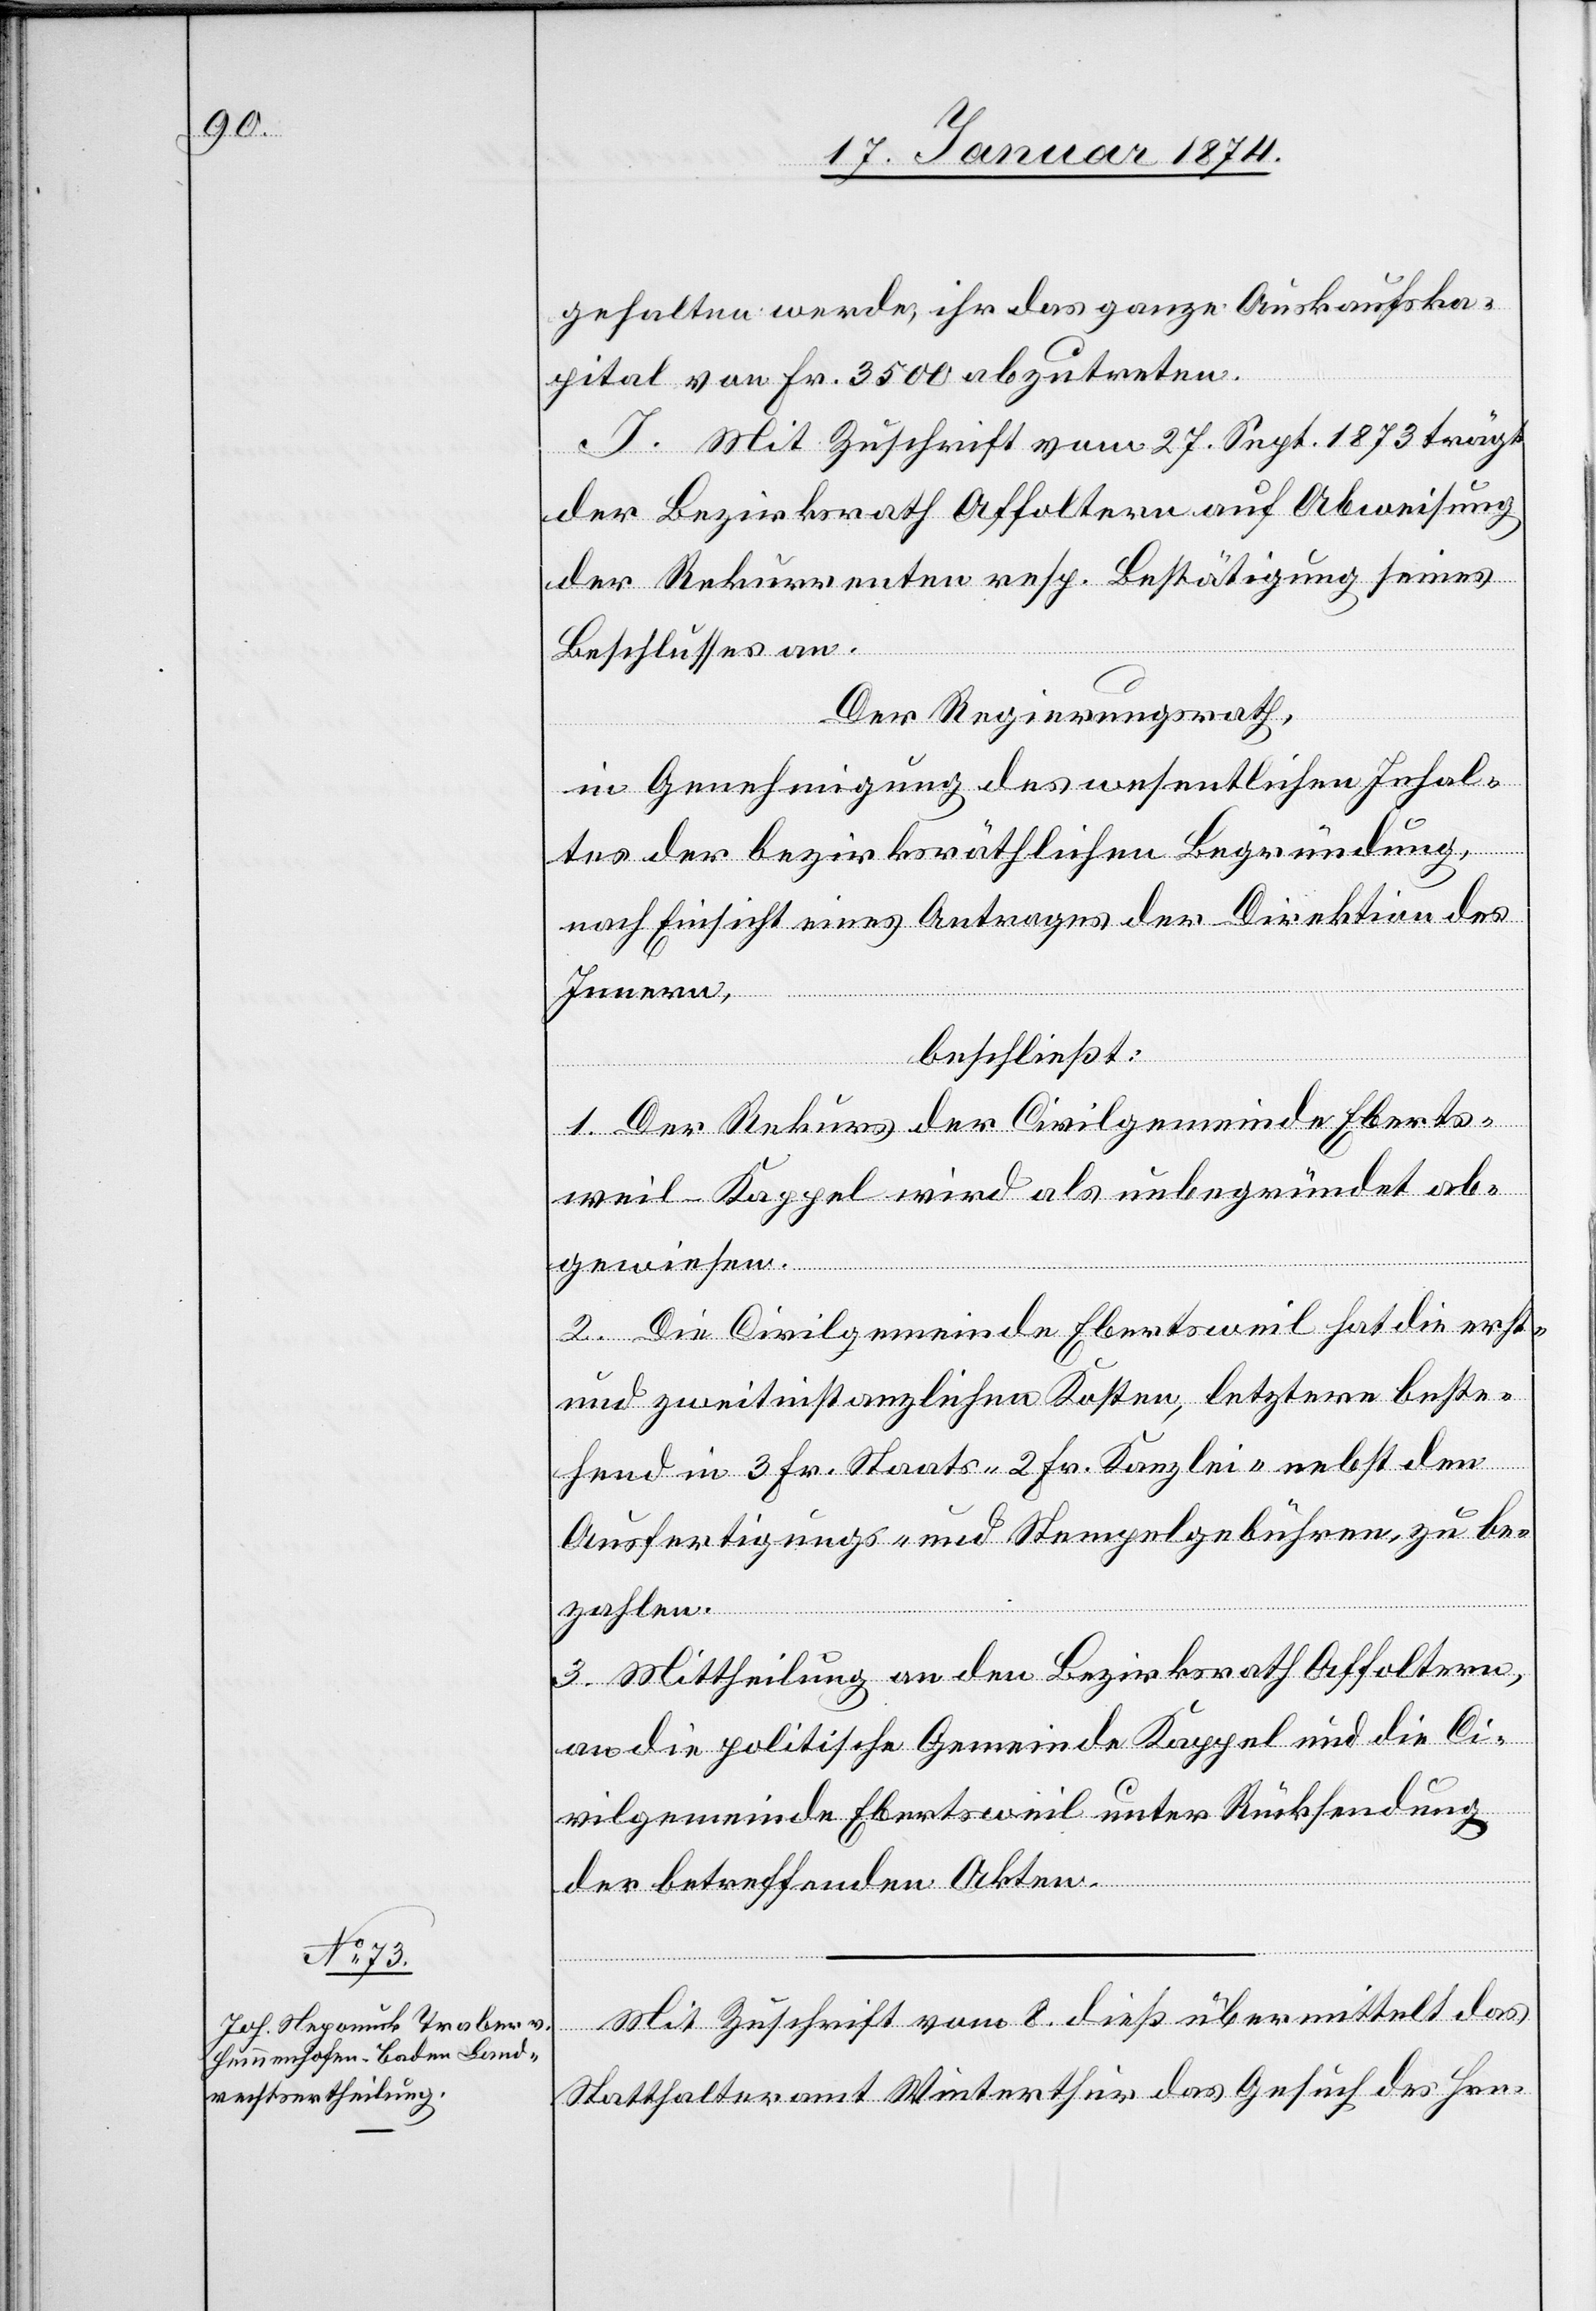
gehalten werde, ihr das ganze Auskaufska¬
pital von Fr. 3500 abzutreten.
J. Mit Zuschrift vom 27. Sept. 1873 trägt
der Bezirksrath Affoltern auf Abweisung
der Rekurrenten resp. Bestätigung seines
Beschlusses an.
Der Regierungsrath,
in Genehmigung des wesentlichen Inhal¬
tes der bezirksräthlichen Begründung,
nach Einsicht eines Antrages der Direktion des
Innern,
beschließt:
1. Der Rekurs der Civilgemeinde Eberts¬
weil-Kappel wird als unbegründet ab¬
gewiesen.
2. Die Civilgemeinde Ebertsweil hat die erst-
und zweitinstanzlichen Kosten, letztere beste¬
hend in 3 Fr. Staats-[,] 2 Fr. Kanzlei- nebst den
Ausfertigungs- und Stempelgebühren, zu be¬
zahlen.
3. Mittheilung an den Bezirksrat Affoltern,
an die politische Gemeinde Kappel und die Ci¬
vilgemeinde Ebertsweil unter Rücksendung
der betreffenden Akten.
Mit Zuschrift vom 8. dieß übermittelt das
Statthalteramt Winterthur das Gesuch des Hrn.